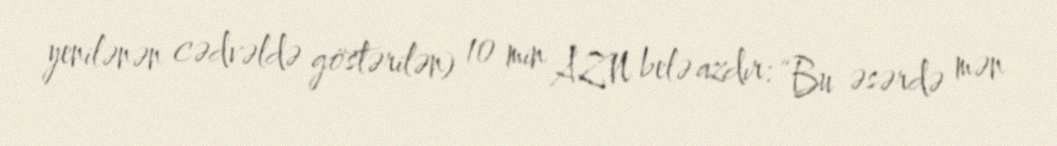
yenilənən cədvəldə göstərilən) 10 min AZN belə azdır: “Bu əsərdə mən